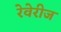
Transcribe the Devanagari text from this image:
रेवेरीज